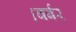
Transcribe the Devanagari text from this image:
।बर्बर